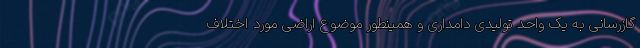
گازرسانی به یک واحد تولیدی دامداری و همینطور موضوع اراضی مورد اختلاف